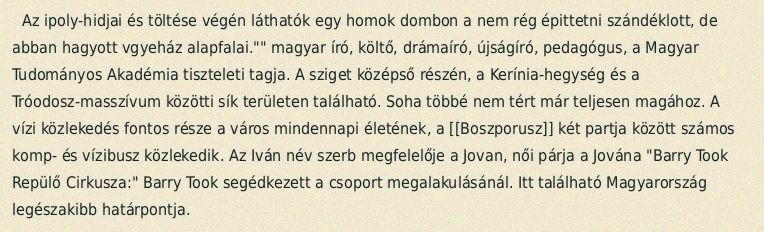
Az ipoly-hidjai és töltése végén láthatók egy homok dombon a nem rég épittetni szándéklott, de abban hagyott vgyeház alapfalai."" magyar író, költő, drámaíró, újságíró, pedagógus, a Magyar Tudományos Akadémia tiszteleti tagja. A sziget középső részén, a Kerínia-hegység és a Tróodosz-masszívum közötti sík területen található. Soha többé nem tért már teljesen magához. A vízi közlekedés fontos része a város mindennapi életének, a [[Boszporusz]] két partja között számos komp- és vízibusz közlekedik. Az Iván név szerb megfelelője a Jovan, női párja a Jována "Barry Took Repülő Cirkusza:" Barry Took segédkezett a csoport megalakulásánál. Itt található Magyarország legészakibb határpontja.